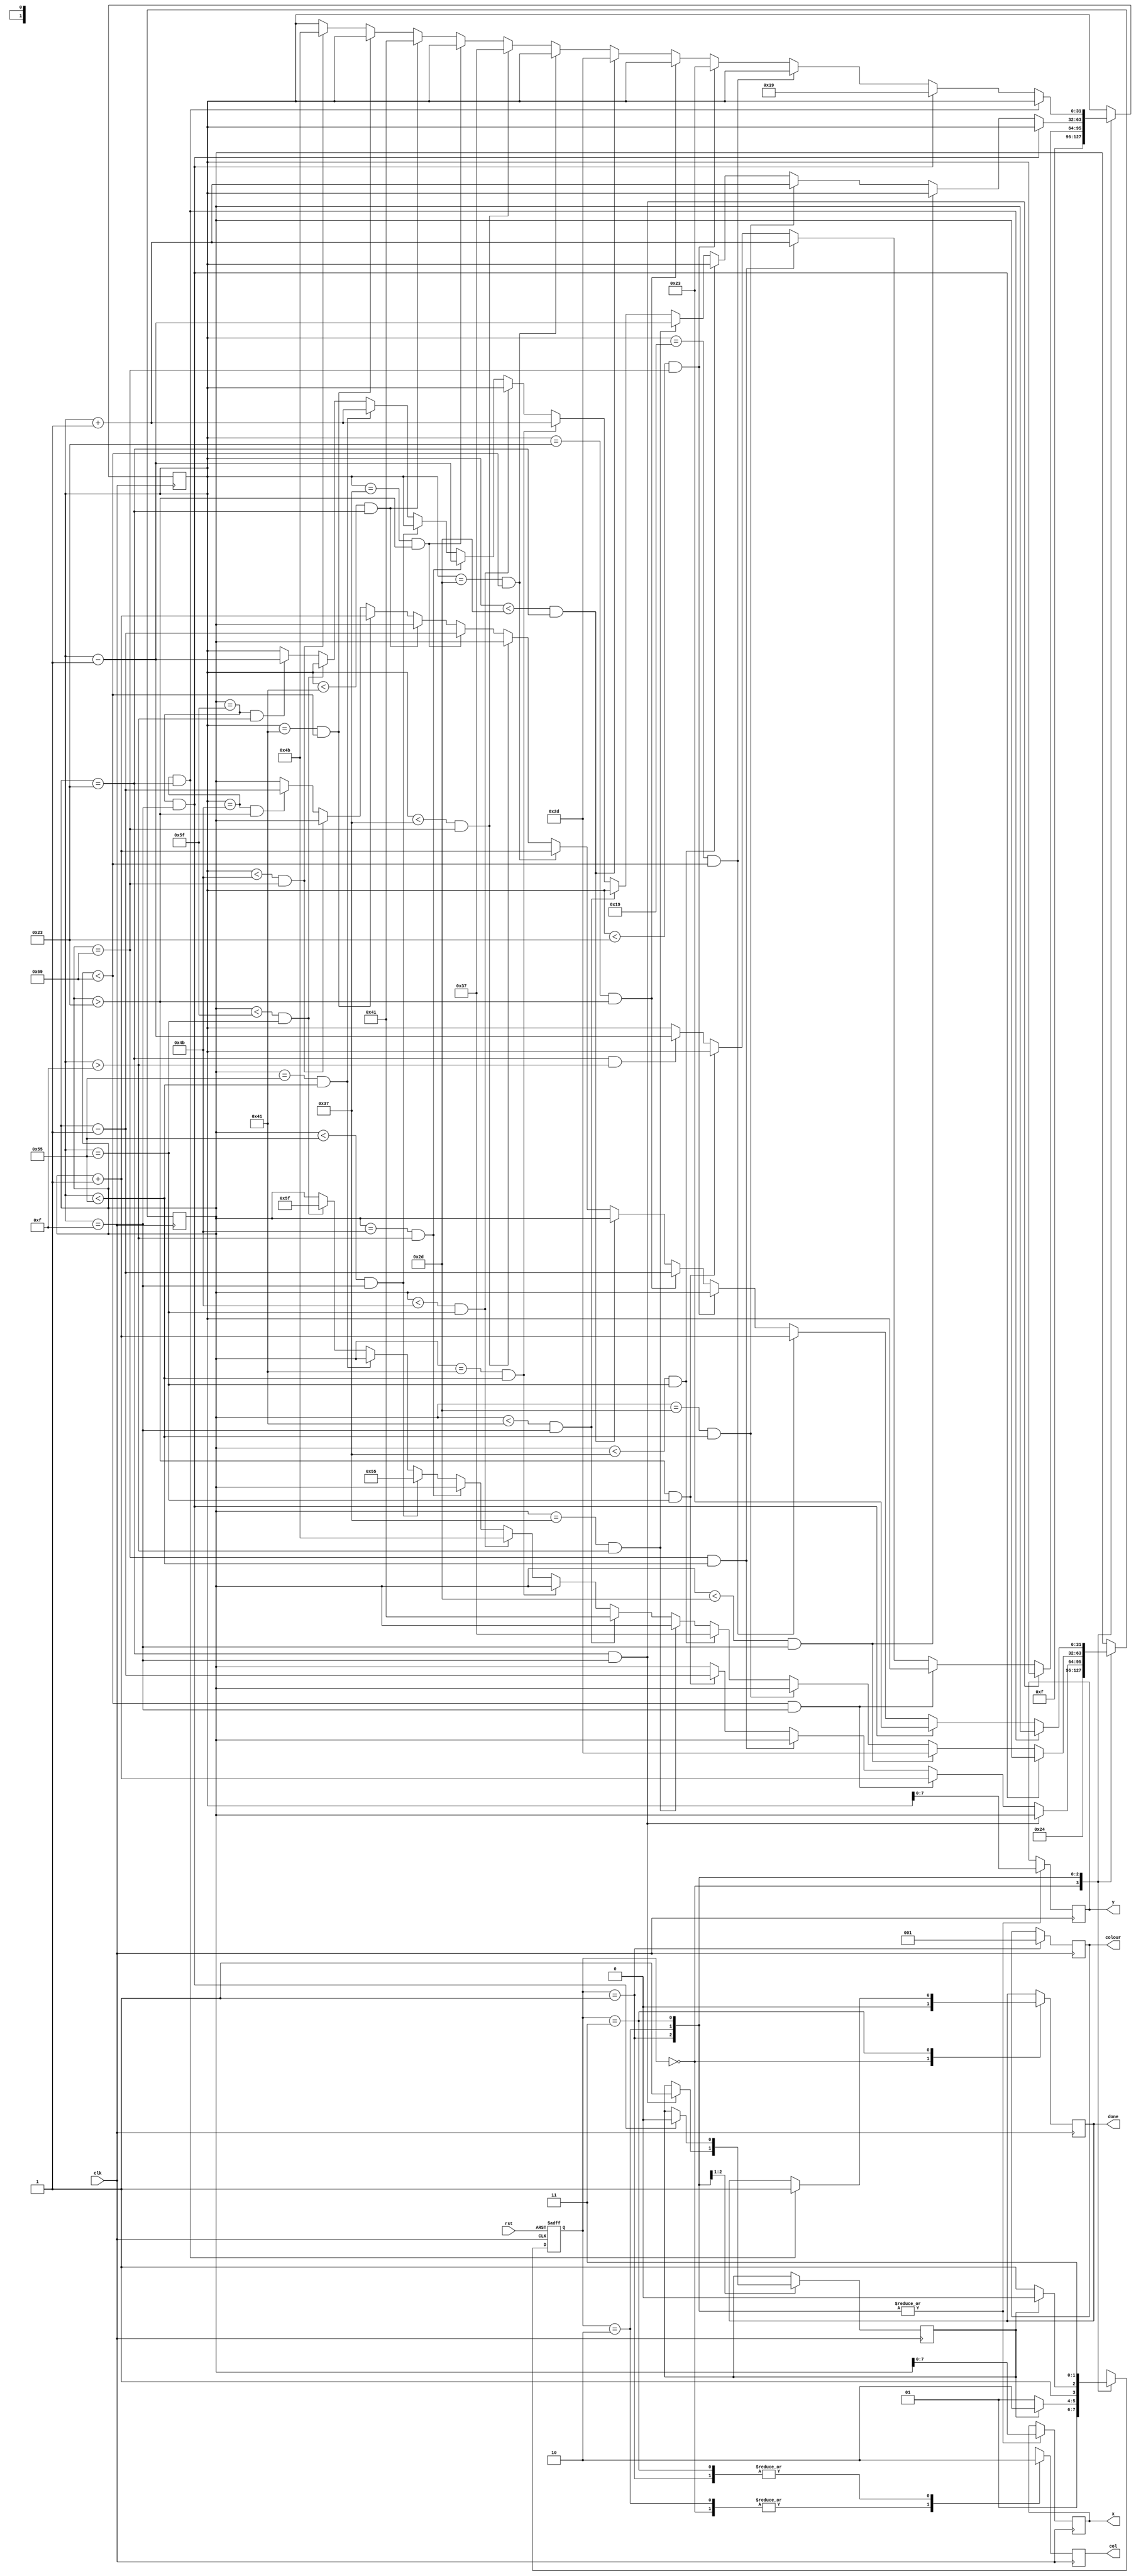
module board(clk, rst, x, y, colour, done, col);
	input clk, rst;
	output reg [7:0]x;
	output reg [7:0]y;
	output reg [2:0]colour;
	output reg done;
	output reg col;
	
	
	integer xpos = 36;
	integer ypos = 15;
	
	parameter	START = 2'b00,
					OUTLINE = 2'b01,
					VERT = 2'b10,
					HORI = 2'b11;
					
	reg [1:0]S;
	reg [1:0]NS;
	reg next;
	
	always@(posedge clk or negedge rst)
	begin
		if (rst == 1'b0)
			S <= START;
		else
			S <= NS;
	end
	
	always@(*)
	begin
		case (S)
			START:
			begin
				NS = OUTLINE;
			end
			
			OUTLINE:
			begin
				case (next)
					1'b1: NS = VERT;
					default: NS = OUTLINE;
				endcase
			end
			
			VERT:
			begin
				case (next)
					1'b0: NS = HORI;
					default: NS = VERT;
				endcase
			end
			
			HORI:
			begin
				NS = HORI;
			end
		endcase
	end
	
	always@(posedge clk)
	begin
	case (S)
		START:
		begin
			xpos <= 36;
			ypos <= 15;
			done <= 1'b0;
			col <= 1'b1;
			//colour <= 3'b000;
		end
		
		OUTLINE:
		begin
			if (xpos == 7'd35 && ypos == 7'd15)
			begin
				next <= 1'b1;
			end
			else if (xpos < 7'd105 && ypos == 7'd15)
			begin
				xpos <= xpos + 1'b1;
			end
			else if (xpos == 7'd105 && ypos < 7'd85)
			begin
				ypos <= ypos + 1'b1;
			end
			else if (xpos > 7'd35 && ypos == 7'd85)
			begin
				xpos <= xpos - 1'b1;
			end
			else if (xpos == 7'd35 && ypos > 7'd15)
			begin
				ypos <= ypos - 1'b1;
			end 
			
			col <= 1'b0;
			colour <= 3'b001;
			x <= xpos;
			y <= ypos;
		end
		
		VERT:
		begin
			
			if (xpos == 7'd95 && ypos == 7'd15)
			begin
				next <= 1'b0;
			end
			else if (xpos < 7'd45 && ypos == 7'd15)
			begin
				xpos <= 7'd45;
			end
			else if (xpos == 7'd45 && ypos < 7'd85)
			begin
				ypos <= ypos + 1'b1;
			end
			else if (xpos < 7'd55 && ypos == 7'd85)
			begin
				xpos <= 7'd55;
			end
			else if (xpos == 7'd55 && ypos > 7'd15)
			begin
				ypos <= ypos - 1'b1;
			end
			else if (xpos < 7'd65 && ypos == 7'd15)
			begin
				xpos <= 7'd65;
			end
			else if (xpos == 7'd65 && ypos < 7'd85)
			begin
				ypos <= ypos + 1'b1;
			end
			else if (xpos < 7'd75 && ypos == 7'd85)
			begin
				xpos <= 7'd75;
			end
			else if (xpos == 7'd75 && ypos > 7'd15)
			begin
				ypos <= ypos - 1'b1;
			end
			else if (xpos < 7'd85 && ypos == 7'd15)
			begin
				xpos <= 7'd85;
			end
			else if (xpos == 7'd85 && ypos < 7'd85)
			begin
				ypos <= ypos + 1'b1;
			end
			else if (xpos < 7'd95 && ypos == 7'd85)
			begin
				xpos <= 7'd95;
			end
			else if (xpos == 7'd95 && ypos > 7'd15)
			begin
				ypos <= ypos - 1'b1;
			end
			
			col <= 1'b1;
			x <= xpos;
			y <= ypos;
		end
		
		HORI:
		begin
			
			if (ypos == 7'd75 && xpos == 7'd35)
			begin
				done <= 1'b1;
			end
			else if (ypos == 7'd15 && xpos == 7'd95)
			begin
				ypos <= 7'd25;
				xpos <= 35;
			end
			else if (ypos == 7'd25 && xpos < 7'd105)
			begin
				xpos <= xpos + 1'b1;
			end
			else if (ypos < 7'd35 && xpos == 7'd105)
			begin
				ypos <= 7'd35;
			end
			else if (ypos == 7'd35 && xpos > 7'd35)
			begin
				xpos <= xpos - 1'b1;
			end
			else if (ypos < 7'd45 && xpos == 7'd35)
			begin
				ypos <= 7'd45;
			end
			else if (ypos == 7'd45 && xpos < 7'd105)
			begin
				xpos <= xpos + 1'b1;
			end
			else if (ypos < 7'd55 && xpos == 7'd105)
			begin
				ypos <= 7'd55;
			end
			else if (ypos == 7'd55 && xpos > 7'd35)
			begin
				xpos <= xpos - 1'b1;
			end
			else if (ypos < 7'd65 && xpos == 7'd35)
			begin
				ypos <= 7'd65;
			end
			else if (ypos == 7'd65 && xpos < 7'd105)
			begin
				xpos <= xpos + 1'b1;
			end
			else if (ypos < 7'd75 && xpos == 7'd105)
			begin
				ypos <= 7'd75;
			end
			else if (ypos == 7'd75 && xpos > 7'd35)
			begin
				xpos <= xpos - 1'b1;
			end
		
			x <= xpos;
			y <= ypos;
			col <= 1'b0;
		end
	endcase
	end
endmodule